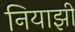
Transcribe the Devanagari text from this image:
नियाझी